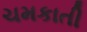
ચમકાતી